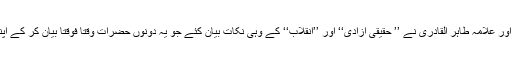
مارچ کا آغاز کرنے سے قبل ٗ جناب عمران خان اور علّامہ طاہر اُلقادری نے ’’ حقیقی آزادی‘‘ اور ’’انقلاب‘‘ کے وہی نکات بیان کئے جو یہ دونوں حضرات وقتاً فوقتاً بیان کر کے اپنے اپنے عقیدت مندوں کا خون گرمایا کرتے ہیں۔